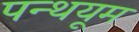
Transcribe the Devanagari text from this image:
पन्थयूम